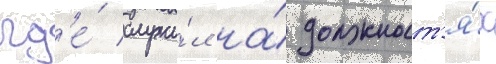
гд'е́ служи́л на́ должност'я́х